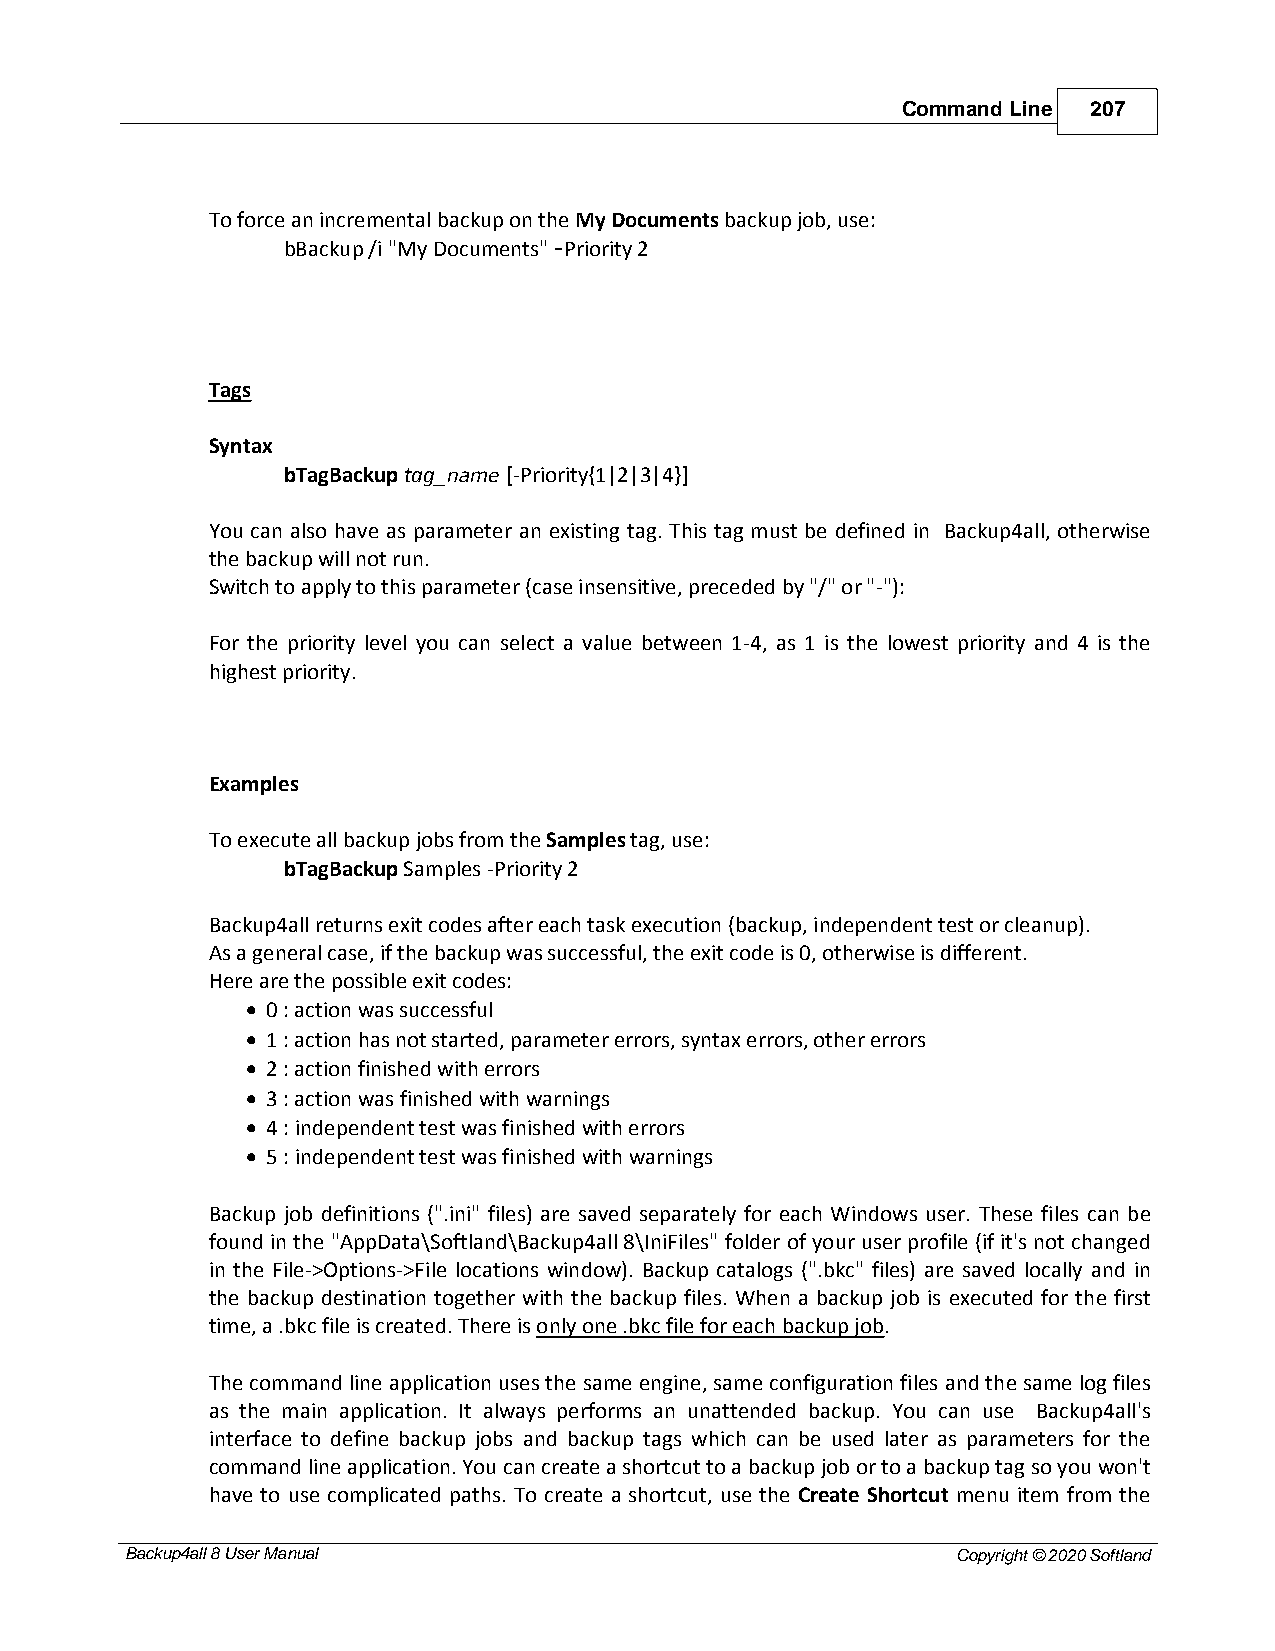
Command Line 207
 To force an incremental backup on the My Documents backup job, use:
 bBackup /i "My Documents" -Priority 2
 Tags
 Syntax
 bTagBackup tag_name [-Priority{1|2|3|4}]
 You can also have as parameter an existing tag. This tag must be defined in Backup4all, otherwise
 the backup will not run.
 Switch to apply to this parameter (case insensitive, preceded by "/" or "-"):
 For the priority level you can select a value between 1-4, as 1 is the lowest priority and 4 is the
 highest priority.
 Examples
 To execute all backup jobs from the Samples tag, use:
 bTagBackup Samples -Priority 2
 Backup4all returns exit codes after each task execution (backup, independent test or cleanup).
 As a general case, if the backup was successful, the exit code is 0, otherwise is different.
 Here are the possible exit codes:
 · 0 : action was successful
 · 1 : action has not started, parameter errors, syntax errors, other errors
 · 2 : action finished with errors
 · 3 : action was finished with warnings
 · 4 : independent test was finished with errors
 · 5 : independent test was finished with warnings
 Backup job definitions (".ini" files) are saved separately for each Windows user. These files can be
 found in the "AppData\Softland\Backup4all 8\IniFiles" folder of your user profile (if it's not changed
 in the File->Options->File locations window). Backup catalogs (".bkc" files) are saved locally and in
 the backup destination together with the backup files. When a backup job is executed for the first
 time, a .bkc file is created. There is only one .bkc file for each backup job.
 The command line application uses the same engine, same configuration files and the same log files
 as the main application. It always performs an unattended backup. You can use Backup4all's
 interface to define backup jobs and backup tags which can be used later as parameters for the
 command line application. You can create a shortcut to a backup job or to a backup tag so you won't
 have to use complicated paths. To create a shortcut, use the Create Shortcut menu item from the
 Backup4all 8 User Manual                               Copyright © 2020 Softland